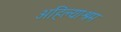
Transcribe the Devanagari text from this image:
अहिल्याश्रम